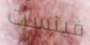
فينست